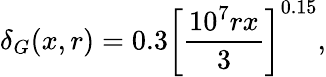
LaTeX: \delta_{G}(x,r)=0.3\left[\frac{10^{7}rx}{3}\right]^{0.15},